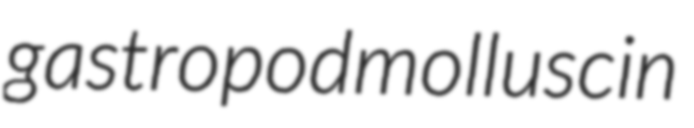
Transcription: gastropod mollusc in